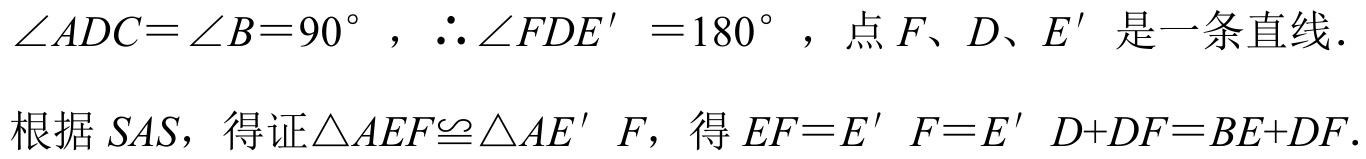
$\angle ADC=\angle B = 90^{\circ}$，$\therefore\angle FDE' = 180^{\circ}$，点$F、D、E'$是一条直线．
根据$SAS$，得证$\triangle AEF\cong\triangle AE'F$，得$EF = E'F=E'D + DF=BE + DF$．